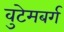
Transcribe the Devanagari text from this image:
वुटेमबर्ग